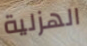
الهزلية